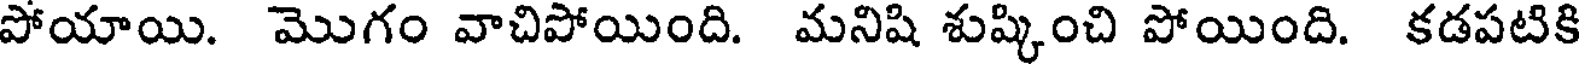
పోయాయి. మొగం వాచిపోయింది. మనిషి శుష్కించి పోయింది. కడపటికి